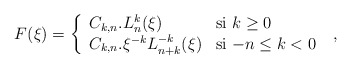
\begin{align*}F(\xi)=\left\{\begin{array}{ll} C_{k,n}.L_{n}^{k}(\xi)& \textrm{si $k \geq 0$}\\ C_{k,n}.\xi^{-k}L_{n+k}^{-k}(\xi)&\textrm{si $-n \leq k <0$}\ \end{array}\right. ,\end{align*}